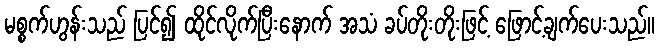
မစ္စက်ဟွန်းသည် ပြင်၍ ထိုင်လိုက်ပြီးနောက် အသံ ခပ်တိုးတိုးဖြင့် ဖြောင့်ချက်ပေးသည်။